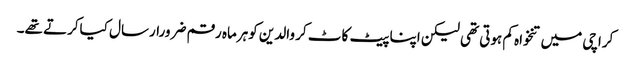
کراچی میں تنخواہ کم ہوتی تھی لیکن اپنا پیٹ کاٹ کر والدین کوہرماہ رقم ضرورارسال کیاکرتے تھے۔